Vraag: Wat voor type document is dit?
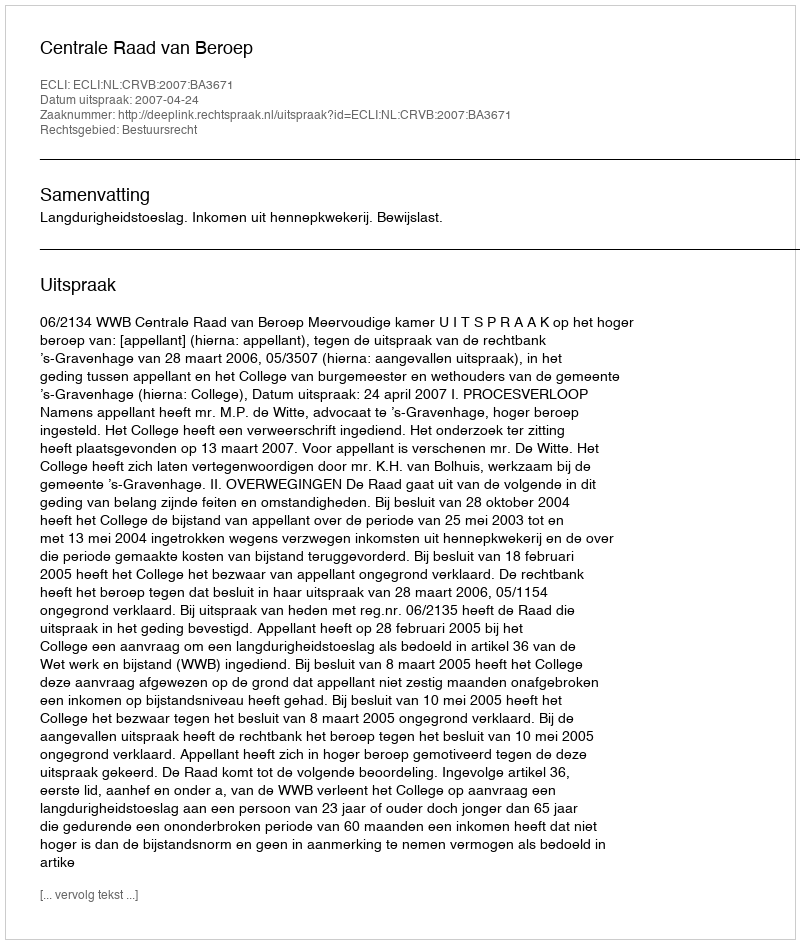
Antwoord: Uitspraak